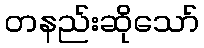
တနည်းဆိုသော်